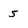
Character: 5